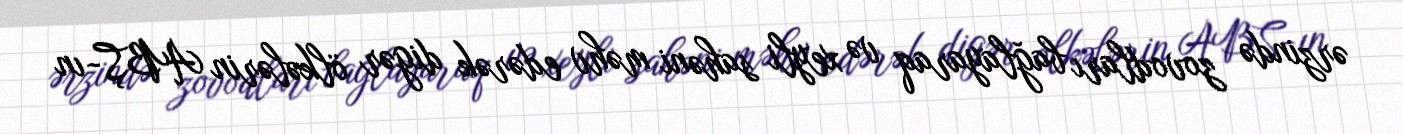
ərzində zovodları bağlayaraq və xeyli sahəni məhv edərək digər ölkələrin ABŞ-ın